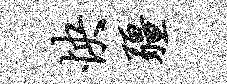
怏疆